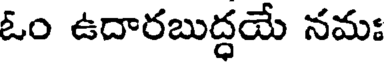
ఓం ఉదారబుద్ధయే నమః